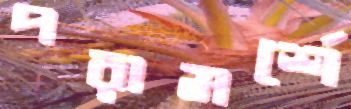
পরামর্শে